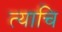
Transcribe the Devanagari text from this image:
त्याचि